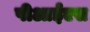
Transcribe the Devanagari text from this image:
पीआईएस